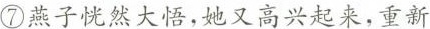
⑦燕子恍然大悟，她又高兴起来，重新